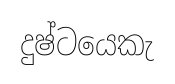
දුෂ්ටයෙකැ